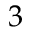
3